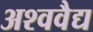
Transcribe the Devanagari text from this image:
अश्ववैद्य